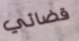
قضائي